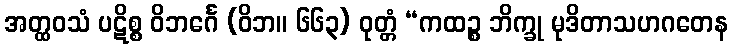
အတ္ထဝသံ ပဋိစ္စ ဝိဘင်္ဂေ (ဝိဘ။ ၆၆၃) ဝုတ္တံ “ကထဉ္စ ဘိက္ခု မုဒိတာသဟဂတေန